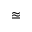
\approxeq